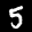
Label: 5